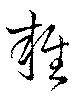
雜